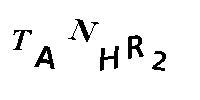
TANHR2